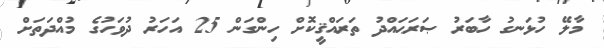
މާލޭ ހުޅަނގު ހާބަރު ޞަރަޙައްދު ތަރައްޤީކޮށް ހިންގަން 25 އަހަރު ދުވަހުގެ މުއްދަތަށް